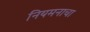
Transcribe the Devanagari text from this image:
नियमनाचा